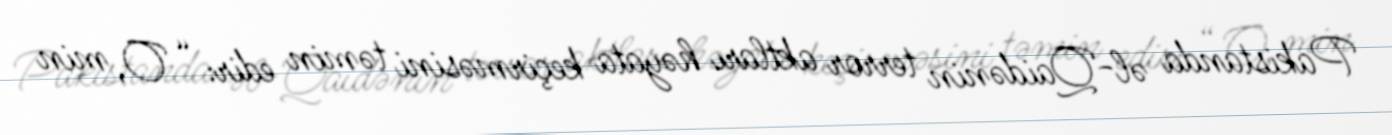
Pakistanda əl-Qaidənin terror aktları həyata keçirməsini təmin edir: “ O, min